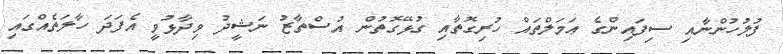
ފުލުހުންނާއި ސިފައިންގެ ޢަމަލްތައް ހުރިގޮތާއި ގުޅޭގޮތުން އުސްތާޒު ނަޝީދު ވިދާޅުވީ އެފަދަ ހާލަތެއްގައި